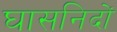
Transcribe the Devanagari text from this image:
घासनिदों